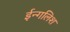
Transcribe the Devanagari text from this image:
ईन्गलिश